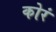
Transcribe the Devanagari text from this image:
कोरं